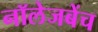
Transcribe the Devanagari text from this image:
नॉलेजबेंच